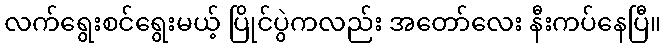
လက်ရွေးစင်ရွေးမယ့် ပြိုင်ပွဲကလည်း အတော်လေး နီးကပ်နေပြီ။